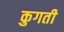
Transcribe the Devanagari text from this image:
कुगती